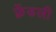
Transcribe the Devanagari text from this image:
फ़्रेंडली